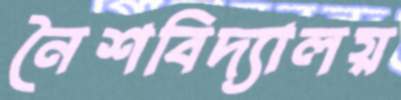
নৈশবিদ্যালয়